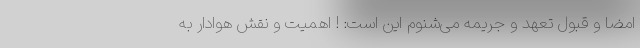
امضا و قبول تعهد و جریمه می‌شنوم این است: ‌! اهمیت و نقش هوادار به